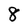
Character: 8